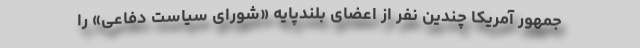
‌جمهور آمریکا چندین نفر از اعضای بلندپایه «شورای سیاست دفاعی» را